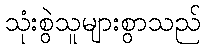
သုံးစွဲသူများစွာသည်